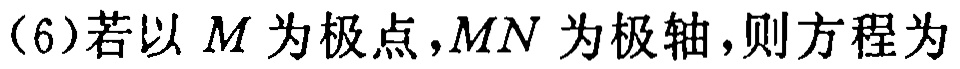
（6）若以 \(M\) 为极点，\(MN\) 为极轴，则方程为